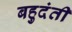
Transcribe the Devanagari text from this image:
बहुदंती